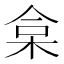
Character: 𣑠